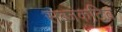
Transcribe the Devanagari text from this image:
सब्जंकटिव